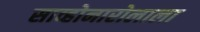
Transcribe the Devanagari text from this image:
साव्होनारोलाला